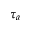
\tau _ { a }